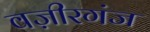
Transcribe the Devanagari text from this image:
वज़ीरगंज